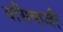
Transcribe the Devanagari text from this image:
वसिष्ठजी